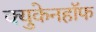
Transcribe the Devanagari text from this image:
क्युकेनहॉफ